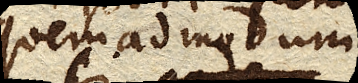
quemadmodum